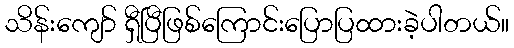
သိန်းကျော် ရှီပြီဖြစ်ကြောင်းပြောပြထားခဲ့ပါတယ်။